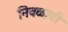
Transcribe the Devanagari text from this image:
निवळावी